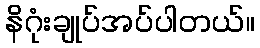
နိဂုံးချုပ်အပ်ပါတယ်။